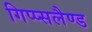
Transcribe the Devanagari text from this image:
गिप्प्सलैण्ड